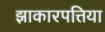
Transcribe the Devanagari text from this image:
झाकारपत्तिया